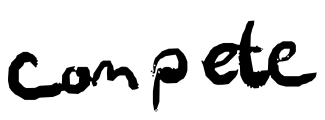
Text: compete
Cross-out: clean
Writing tool: digital_black